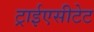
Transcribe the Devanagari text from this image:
ट्राईएसीटेट